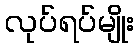
လုပ်ရပ်မျိုး